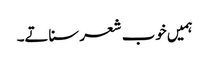
ہمیں خوب شعر سناتے۔